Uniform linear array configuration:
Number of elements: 32
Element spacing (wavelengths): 0.5
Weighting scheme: cosine
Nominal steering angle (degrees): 0
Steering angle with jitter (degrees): -1.261
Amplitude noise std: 0.05
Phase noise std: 0.05

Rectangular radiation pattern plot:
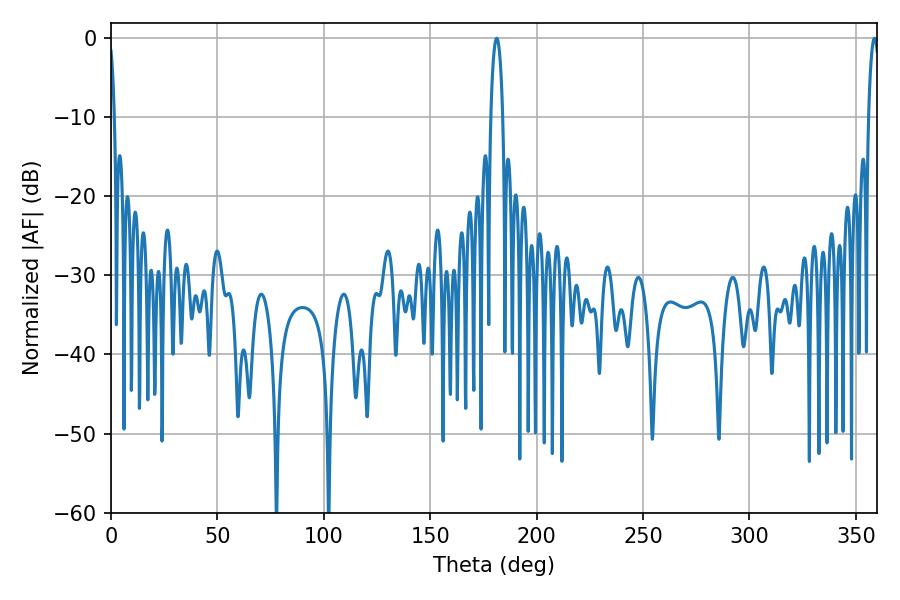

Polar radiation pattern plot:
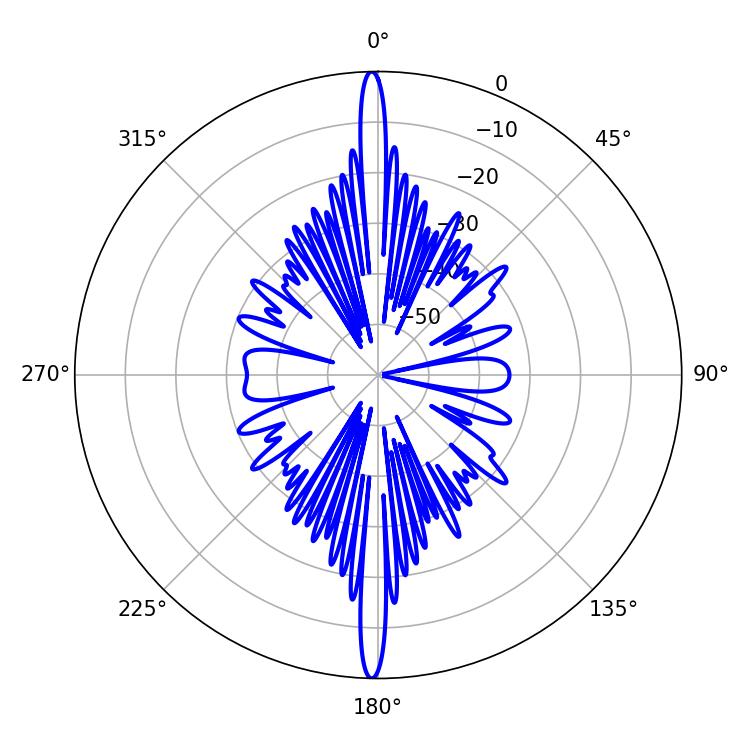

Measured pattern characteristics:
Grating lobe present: FALSE
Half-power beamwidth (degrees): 2.88
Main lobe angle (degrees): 358.74